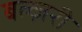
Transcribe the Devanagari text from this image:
बल्ज़री